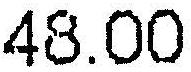
48.00